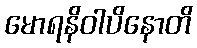
မောရနိဝါပိနောတိ